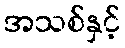
အသစ်နှင့်